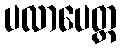
ပလာပေတ္ထ